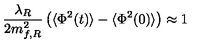
\frac { \lambda _ { R } } { 2 m _ { f , R } ^ { 2 } } \left( \langle \Phi ^ { 2 } ( t ) \rangle - \langle \Phi ^ { 2 } ( 0 ) \rangle \right) \approx 1